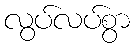
လွပ်လပ်စွာ